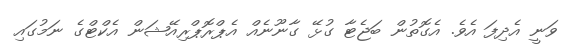
ވަނީ އެދިފަ އެވެ. އެގޮތުން ބަޖެޓާ ގުޅޭ ގާނޫނެއް އެޕްރޮޕްރިއޭޝަން އެކްޓްގެ ނަމުގައި